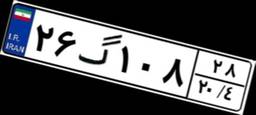
۲۶گ۱۰۸۲۸